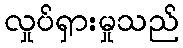
လှုပ်ရှားမှုသည်